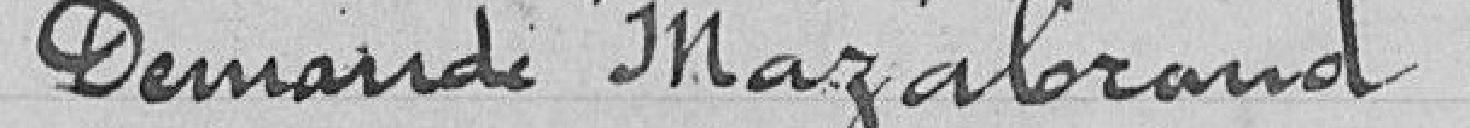
Demande Mazabrand